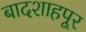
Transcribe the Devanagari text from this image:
बादशाहपूर